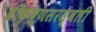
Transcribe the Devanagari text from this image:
श्रीकृष्णसरस्वती